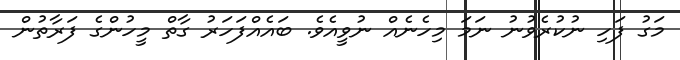
މަގު ފަހި ނުކުރެވުނު ނަމަ މިހެނެއް ނުވީއެވެ. ބައެއްފަހަރު ގާތް މީހުންގެ ފަރާތުން